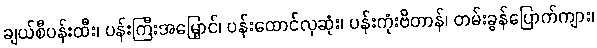
ချယ်စီပန်းထီး၊ ပန်းကြီးအမြှောင်၊ ပန်းထောင်လှဆုံး၊ ပန်းကုံးဗိတာန်၊ တမ်းခွန်ပြောက်ကျား၊